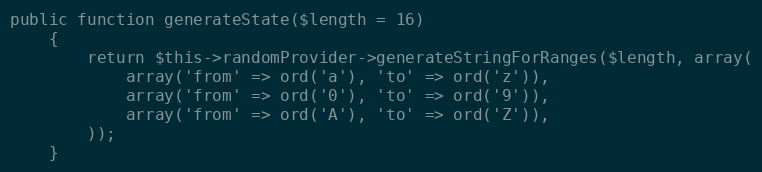
Language: PHP
public function generateState($length = 16)
    {
        return $this->randomProvider->generateStringForRanges($length, array(
            array('from' => ord('a'), 'to' => ord('z')),
            array('from' => ord('0'), 'to' => ord('9')),
            array('from' => ord('A'), 'to' => ord('Z')),
        ));
    }